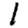
Digit: 1